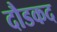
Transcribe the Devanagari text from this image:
दौडकद